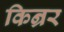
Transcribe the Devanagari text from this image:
किन्रर